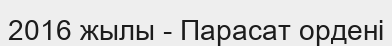
2016 жылы - Парасат ордені